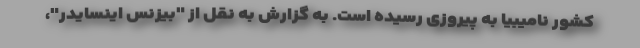
کشور نامیبیا به پیروزی رسیده است. به گزارش به نقل از "بیزنس اینسایدر"،